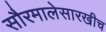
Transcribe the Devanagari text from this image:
सौरमालेसारखीच